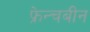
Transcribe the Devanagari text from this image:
फ्रेन्चबीन